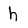
Character: h